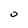
Character: 0